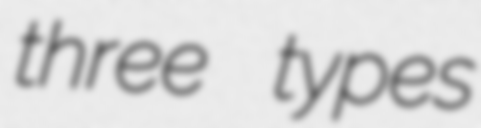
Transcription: three types